Calcutta medical institutions reports 1871-78
Year: 1871
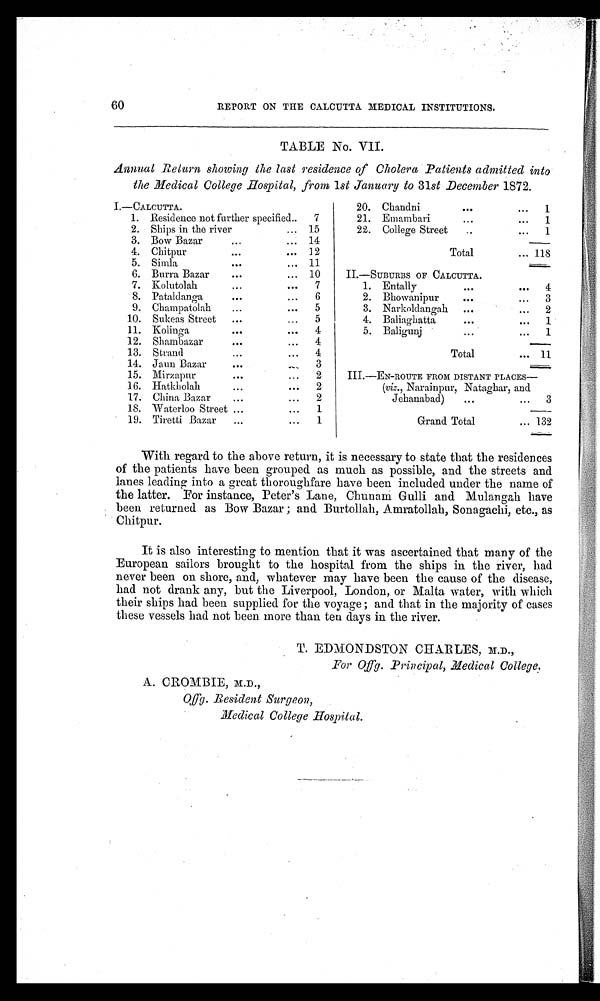
60
REPORT ON THE CALCUTTA MEDICAL INSTITUTIONS.
TABLE No. VII.
Annual Return showing the last residence of Cholera Patients admitted into
the Medical College Hospital, from 1st January to 31st December 1872.
I.-CALCUTTA.
20. Chandni
1
1. Residence not further specified.
7
21. Emambari
1
2. Ships in the river
15
22. College Street
1
3. Bow Bazar
14
4. Chitpur
12
Total
118
5. Simla
11
6. Burra Bazar
10
II.—SUBURBS OF CALCUTTA.
7. Kolutolah
7
1. Entally
4
8. Pataldanga
6
2. Bhowanipur
3
9. Champatolah
5
3. Narkoldangah
2
10. Sukeas Street
5
4. Baliaghatta
1
11. Kolinga
4
5. Baligunj
1
12. Shambazar
4
13. Strand
4
Total
11
14. Jaun Bazar
3
15. Mirzapur
2
III.—EN-ROUTE FROM DISTANT PLACES
—
16. Hatkholah
2
(viz., Narainpur, Nataghar, and
17. China Bazar
2
Jehanabad)
3
18. Waterloo Street
1
19. Tiretti Bazar
1
Grand Total
132
With regard to the above return, it is necessary to state that the residences
of the patients have been grouped as much as possible, and the streets and
lanes leading into a great thoroughfare have been included under the name of
the latter. For instance, Peter's Lane, Chunam Gulli and Mulangah have
been returned as Bow Bazar; and Burtollah, Amratollah, Sonagachi, etc., as
Chitpur.
It is also interesting to mention that it was ascertained that many of the
European sailors brought to the hospital from the ships in the river, had
never been on shore, and, whatever may have been the cause of the disease,
had not drank any, but the Liverpool, London, or Malta water, with which
their ships had been supplied for the voyage; and that in the majority of cases
these vessels had not been more than ten days in the river.
T. EDMONDSTON CHARLES, M.D.,
For Offg. Principal, Medical College.
A. CROMBIE, M.D.,
offg. Resident Surgeon,
Medical College Hospital.